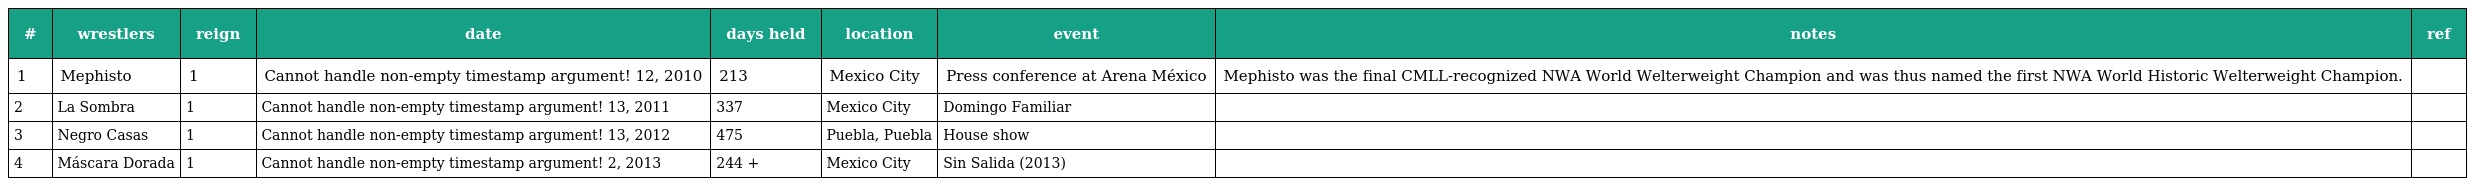
| # | wrestlers | reign | date | days held | location | event | notes | ref |
 | --- | --- | --- | --- | --- | --- | --- | --- | --- |
 | 1 | Mephisto | 1 | Cannot handle non-empty timestamp argument! 12, 2010 | 213 | Mexico City | Press conference at Arena México | Mephisto was the final CMLL-recognized NWA World Welterweight Champion and was thus named the first NWA World Historic Welterweight Champion. |  |
 | 2 | La Sombra | 1 | Cannot handle non-empty timestamp argument! 13, 2011 | 337 | Mexico City | Domingo Familiar |  |  |
 | 3 | Negro Casas | 1 | Cannot handle non-empty timestamp argument! 13, 2012 | 475 | Puebla, Puebla | House show |  |  |
 | 4 | Máscara Dorada | 1 | Cannot handle non-empty timestamp argument! 2, 2013 | 244 + | Mexico City | Sin Salida (2013) |  |  |